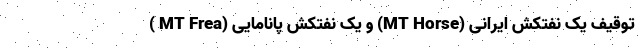
توقیف یک‌ نفتکش ایرانی (MT Horse) و یک‌ نفتکش پانامایی (MT Frea )